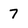
Character: 7